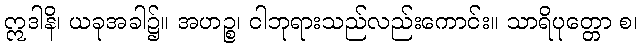
ဣဒါနိ၊ ယခုအခါ၌။ အဟဉ္စ၊ ငါဘုရားသည်လည်းကောင်း။ သာရိပုတ္တော စ၊